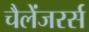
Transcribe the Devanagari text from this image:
चैलेंजरर्स